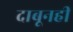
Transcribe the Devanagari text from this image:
दाबूनही